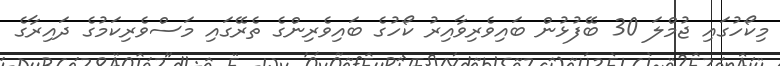
މިކޯހުގައި ޖުމްލަ 30 ބޭފުޅުން ބައިވެރިވާއިރު ކޯހުގެ ބައިވެރިންގެ ތެރޭގައި މަސްވެރިކަމުގެ ދައިރާގެ